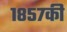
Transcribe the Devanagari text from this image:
१८५७की